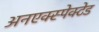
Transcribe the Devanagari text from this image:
अनएक्स्पेक्टेड